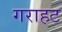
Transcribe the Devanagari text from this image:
गराहट